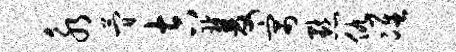
永简吉双寓默仇准